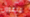
مدعوون